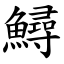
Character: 鱘